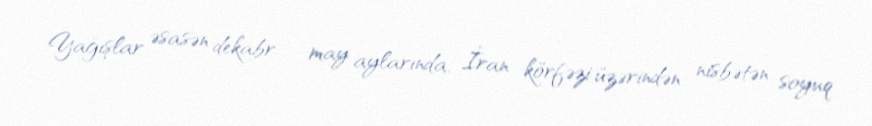
Yağışlar əsasən dekabr – may aylarında, İran körfəzi üzərindən nisbətən soyuq